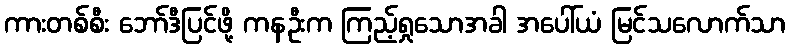
ကားတစ်စီး ဘော်ဒီပြင်ဖို့ ကနဦးက ကြည့်ရှုသောအခါ အပေါ်ယံ မြင်သလောက်သာ